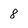
Character: 8